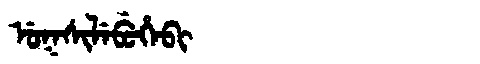
Manchu: ᡠᡴᠰᡳᠯᡝᠪᡠᡥᡝᠪᡳ
Romanization: UKSILEBUHEBI